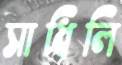
সাধিলি